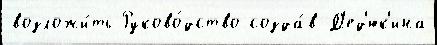
возложи́ть Руково́дство созда́в Д'ед'юк'ина